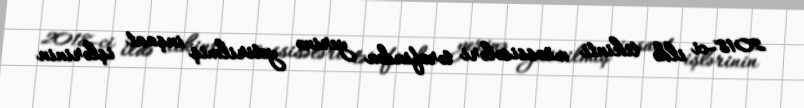
2018-ci ildə tikinti müəssisələri tərəfindən yerinə yetirilmiş inşaat işlərinin